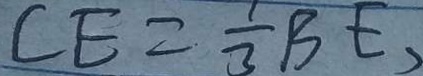
C E = \frac { 1 } { 3 } B E ,